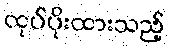
ထုပ်ပိုးထားသည့်